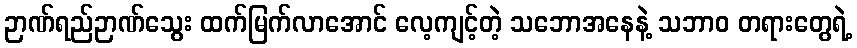
ဉာဏ်ရည်ဉာဏ်သွေး ထက်မြက်လာအောင် လေ့ကျင့်တဲ့ သဘောအနေနဲ့ သဘာဝ တရားတွေရဲ့